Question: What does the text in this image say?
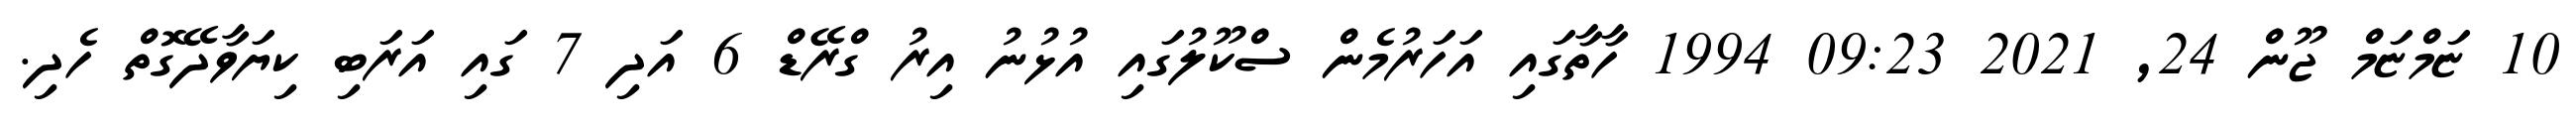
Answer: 10 ޏަމްޏަމް ޖޫން 24, 2021 09:23 1994 ހާތާގައި އަހަރުމެން ސްކޫލުގައި އުޅުނު އިރު ގްރޭޑް 6 އަދި 7 ގައި އަރަބި ކިޔަވާދޭގޮތް ހެދި.